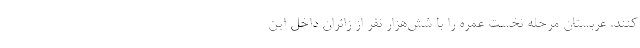
کنند. عربستان مرحله نخست عمره را با شش‌هزار نفر از زائران داخل این